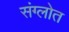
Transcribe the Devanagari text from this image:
संग्लोत